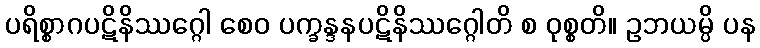
ပရိစ္စာဂပဋိနိဿဂ္ဂေါ စေဝ ပက္ခန္ဒနပဋိနိဿဂ္ဂေါတိ စ ဝုစ္စတိ။ ဥဘယမ္ပိ ပန